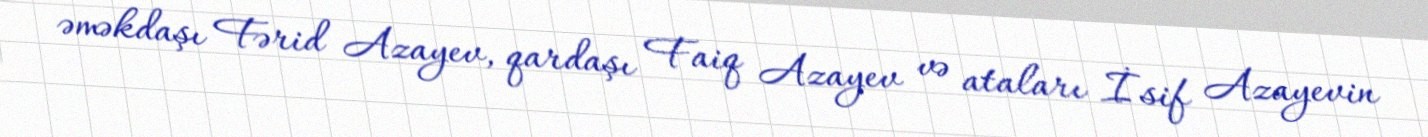
əməkdaşı Fərid Azayev, qardaşı Faiq Azayev və ataları İsif Azayevin